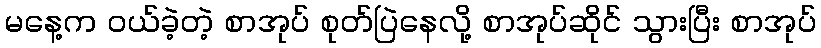
မနေ့က ဝယ်ခဲ့တဲ့ စာအုပ် စုတ်ပြဲနေလို့ စာအုပ်ဆိုင် သွားပြီး စာအုပ်